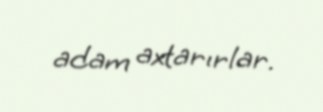
adam axtarırlar.